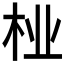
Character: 𱣇